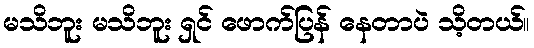
မသိဘူး မသိဘူး ရှင် ဖောက်ပြန် နေတာပဲ သိ့တယ်။